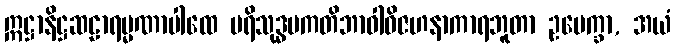
ဣဋ္ဌာနိဋ္ဌဆဠာရမ္မဏာပါထေ ပရိသုဒ္ဓပကတိဘာဝါဝိဇဟနာကာရဘူတာ ဥပေက္ခာ, အယံ